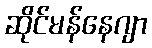
ဆိုင်မန်နေဂျာ